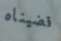
قضيناه